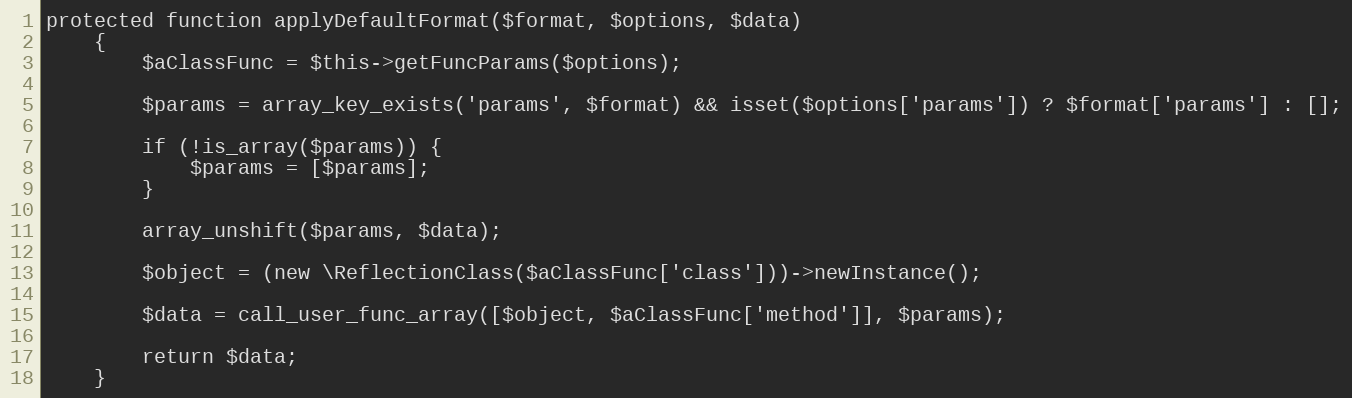
Language: PHP
protected function applyDefaultFormat($format, $options, $data)
    {
        $aClassFunc = $this->getFuncParams($options);

        $params = array_key_exists('params', $format) && isset($options['params']) ? $format['params'] : [];

        if (!is_array($params)) {
            $params = [$params];
        }

        array_unshift($params, $data);

        $object = (new \ReflectionClass($aClassFunc['class']))->newInstance();

        $data = call_user_func_array([$object, $aClassFunc['method']], $params);

        return $data;
    }